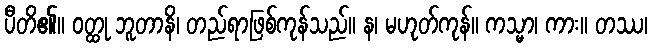
ပီတိ၏။ ဝတ္ထု ဘူတာနိ၊ တည်ရာဖြစ်ကုန်သည်။ န၊ မဟုတ်ကုန်။ ကသ္မာ၊ ကား။ တဿ၊